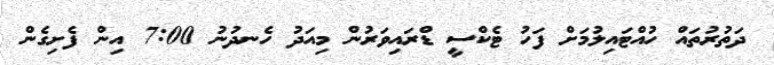
ދަތުރުތައް ހުއްޓައިލުމަށް ފަހު ޓެކްސީ ޑްރައިވަރުން މިއަދު ހެނދުނު 7:00 އިން ފެށިގެން